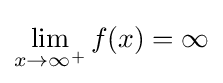
\lim _{x\to \infty ^{+}}{f(x)}=\infty